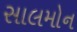
સાલમોન